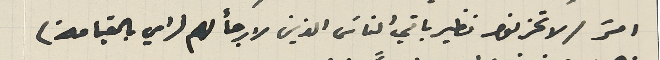
امرَ / لا تحزنوا نظير باقي الناسَ الذين لا رجأ لهم (اي بالقيامة)